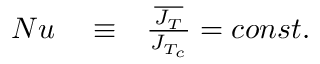
\begin{array} { r l r } { N u } & { { } \equiv } & { \frac { \overline { { J _ { T } } } } { J _ { T _ { c } } } = c o n s t . } \end{array}